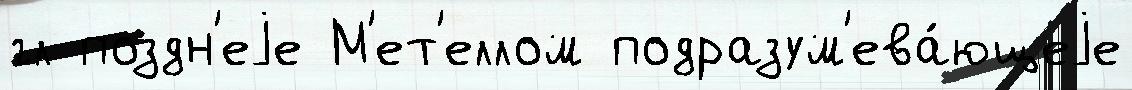
гл поздн'еjе М'ет'еллом подразум'ева́ющеjе